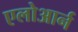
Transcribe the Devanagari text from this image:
एलोआर्न